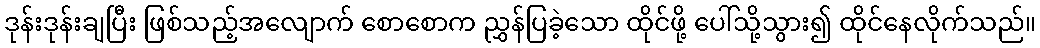
ဒုန်းဒုန်းချပြီး ဖြစ်သည့်အလျောက် စောစောက ညွှန်ပြခဲ့သော ထိုင်ဖို့ ပေါ်သို့သွား၍ ထိုင်နေလိုက်သည်။